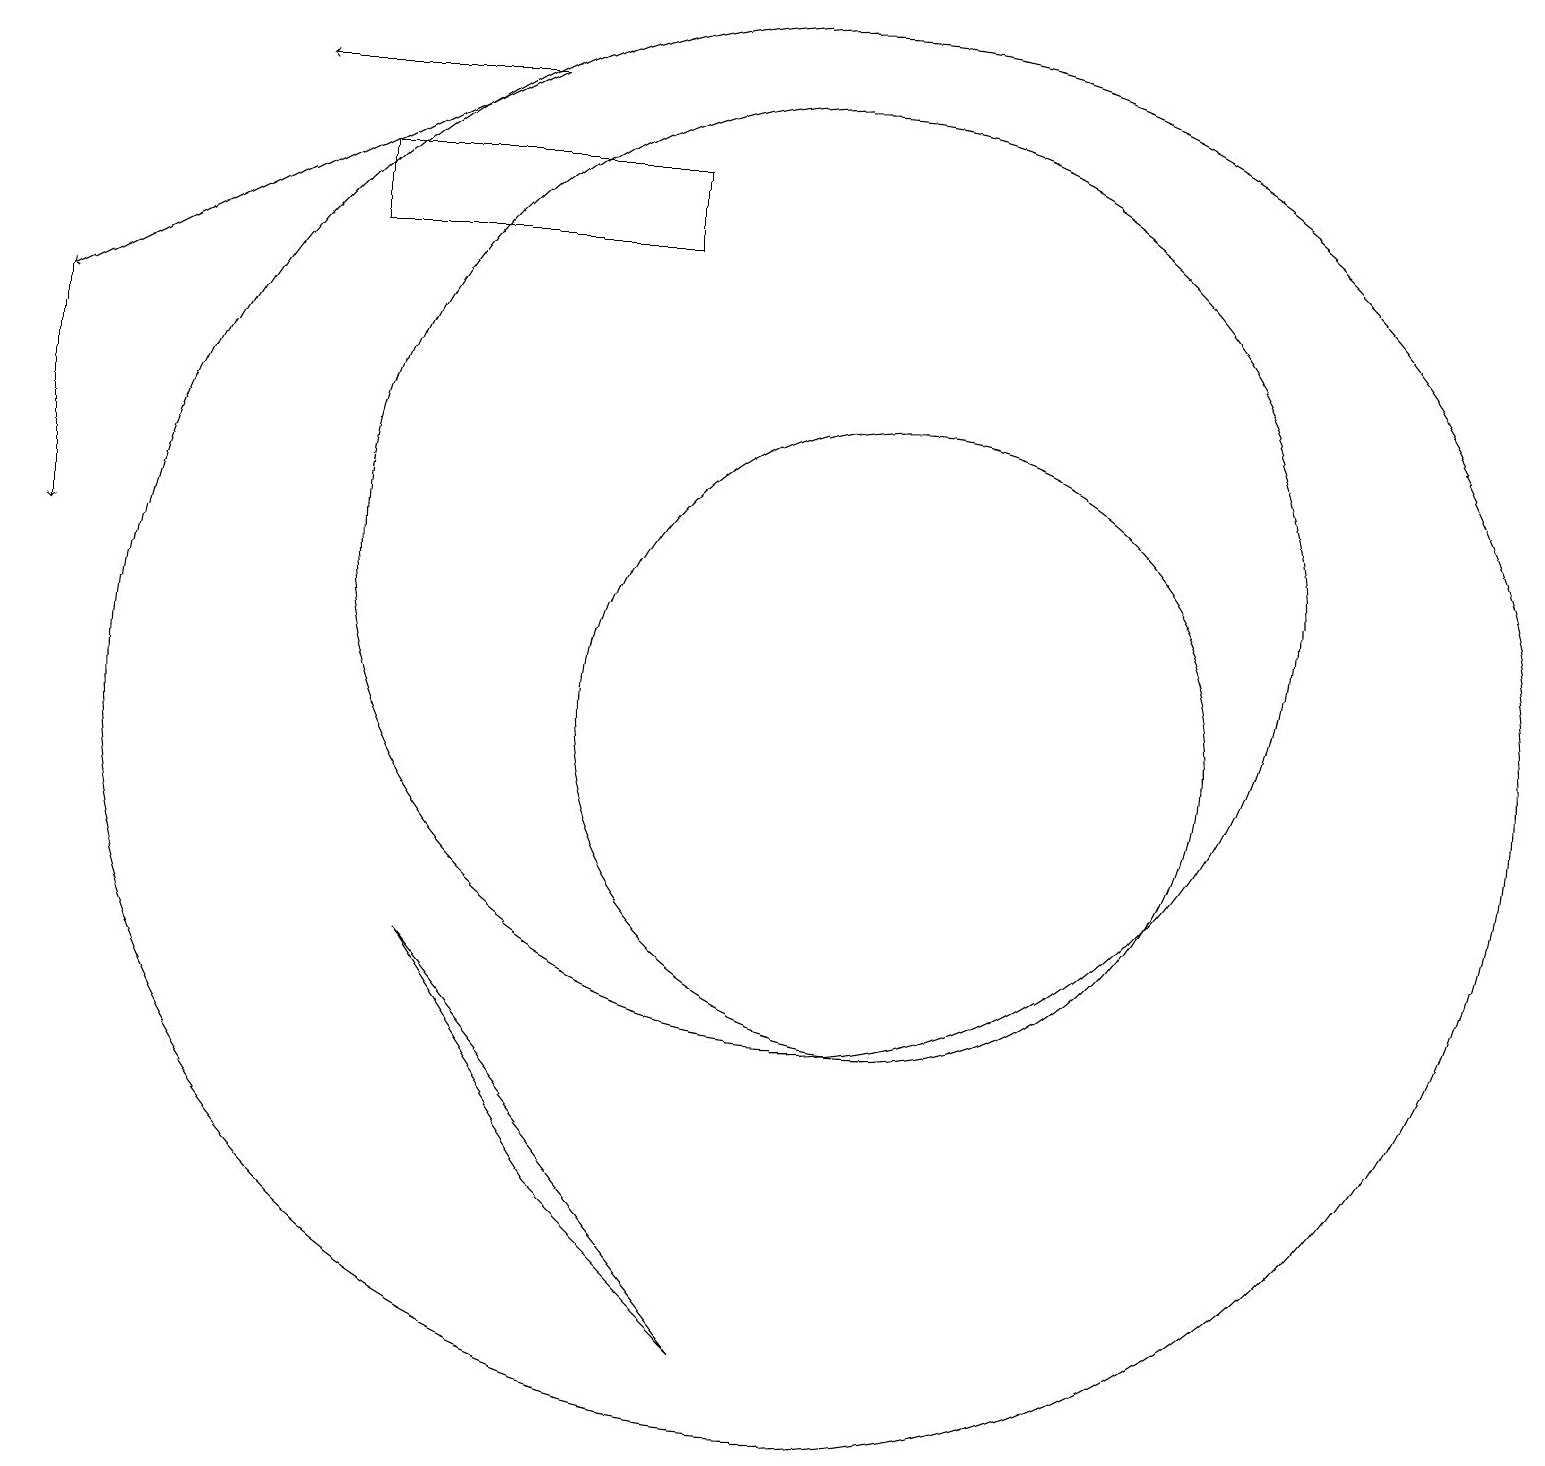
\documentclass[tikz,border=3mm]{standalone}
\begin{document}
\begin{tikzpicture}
\draw (10,10) circle (9);
\draw[->] (6,18) -- (0,15);
\draw (5,7) -- (7,4) -- (9,2) -- cycle;
\draw[->] (0,15) -- (0,12);
\draw[->] (6,18) -- (3,18);
\draw (8,17) rectangle (4,16);
\draw (11,10) circle (4);
\draw (10,12) circle (6);
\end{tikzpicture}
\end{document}